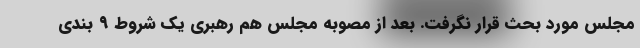
مجلس مورد بحث قرار نگرفت. بعد از مصوبه مجلس هم رهبری یک شروط ۹ بندی